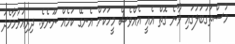
މުސްތަގުބަލުގައި ވާނެ ގޮތް އެއީ އެއްވެސް މީހަކަށް އެނގޭ ކަމެއް ނޫނެވެ. ދިރިއުޅުމާމެދު